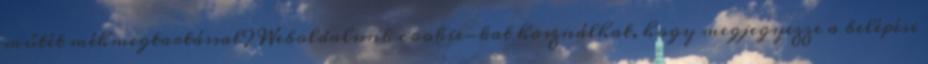
műtét méhmegtartással? Weboldalunk cookie-kat használhat, hogy megjegyezze a belépési